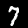
Label: 7